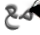
مع